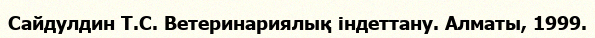
Сайдулдин Т.С. Ветеринариялық індеттану. Алматы, 1999.